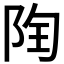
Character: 𨹋